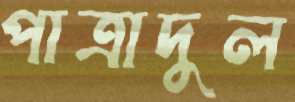
পাত্রাদুল